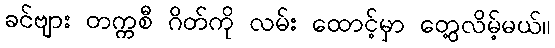
ခင်ဗျား တက္ကစီ ဂိတ်ကို လမ်း ထောင့်မှာ တွေ့လိမ့်မယ်။